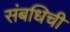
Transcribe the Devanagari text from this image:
संबधिची